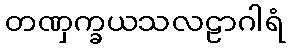
တဏှက္ခယသလဠာဂါရံ